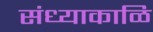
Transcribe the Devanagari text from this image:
संध्याकाळि